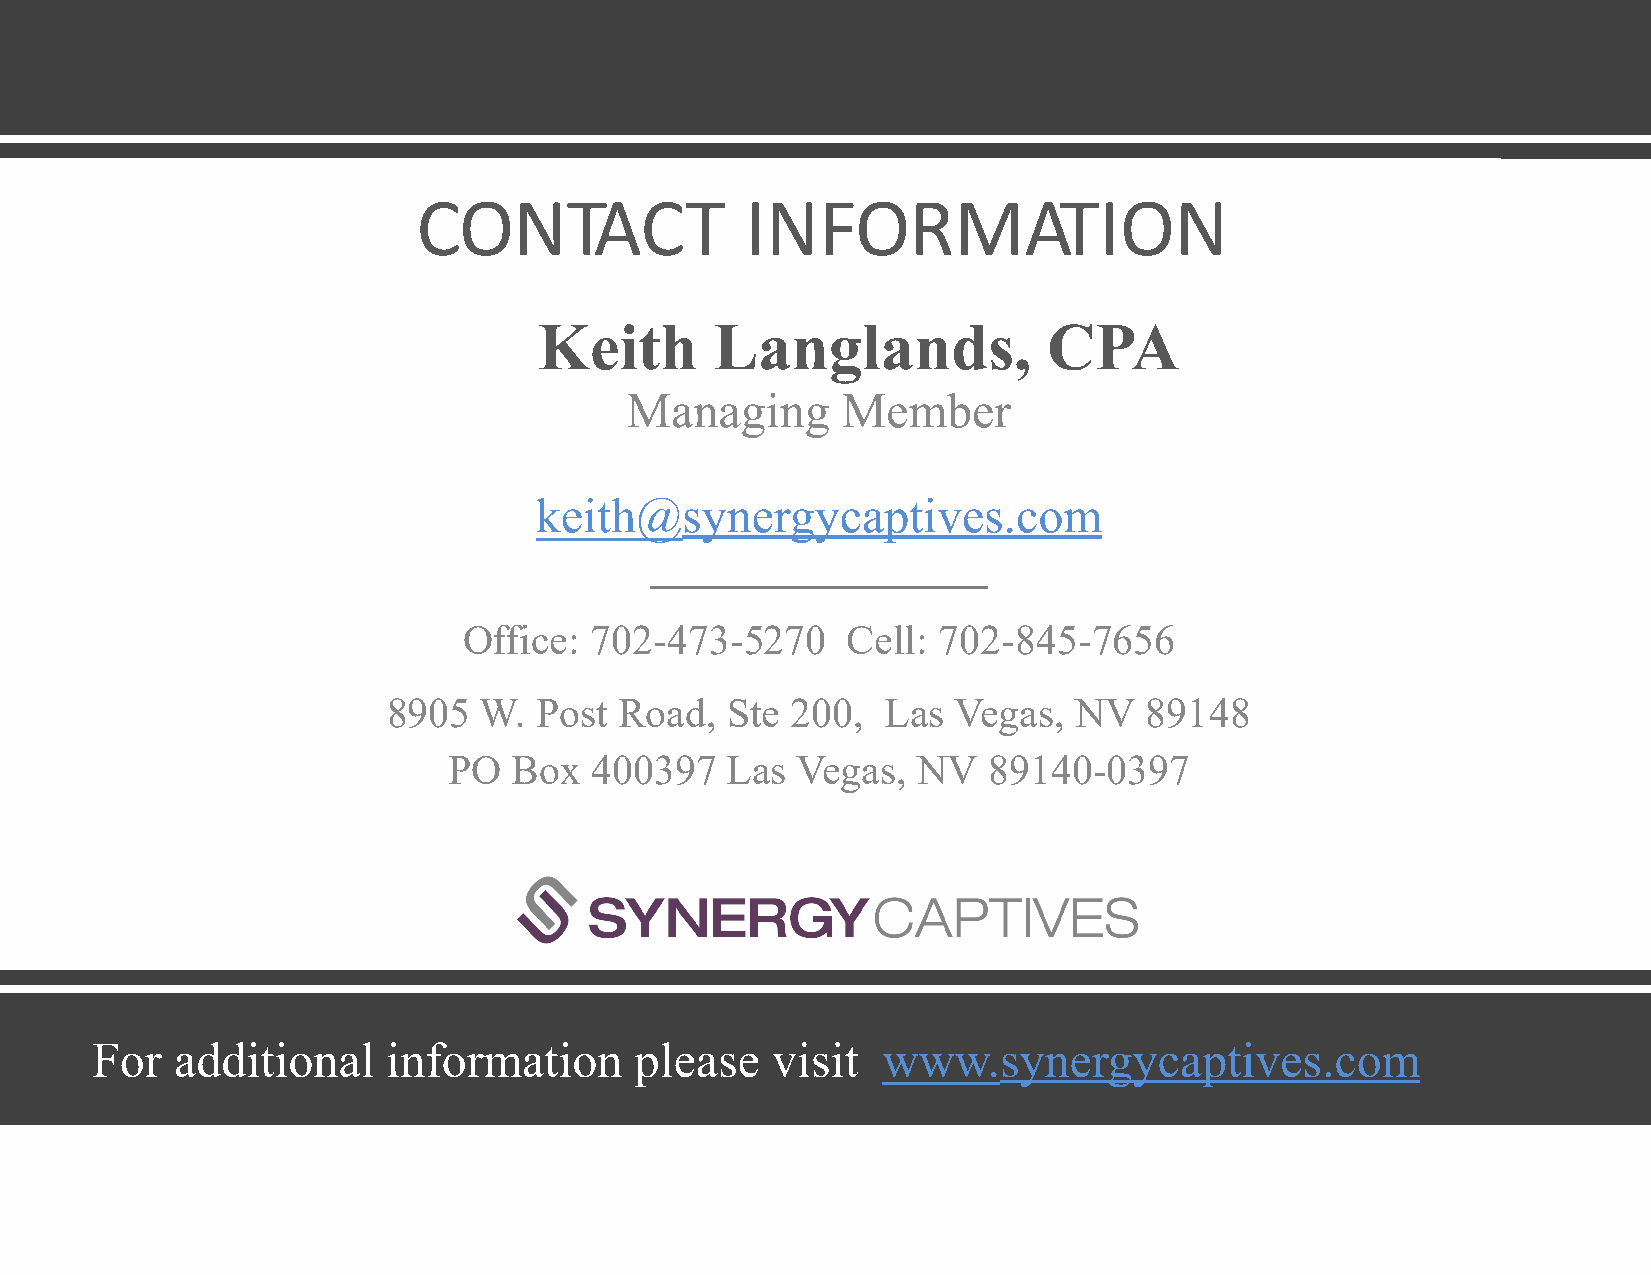
CONTACT              INFORMATION
 Keith      Langlands,            CPA
 Managing       Member
 keith@synergycaptives.com
 Office: 702-473-5270     Cell: 702-845-7656
 8905  W.  Post Road,  Ste 200,   Las Vegas,  NV   89148
 PO  Box  400397   Las  Vegas,  NV  89140-0397
 For   additional    information     please   visit  www.synergycaptives.com